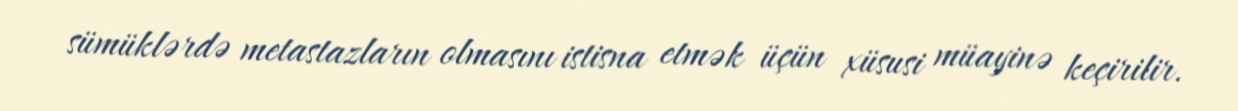
sümüklərdə metastazların olmasını istisna etmək üçün xüsusi müayinə keçirilir.